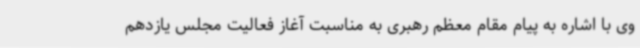
وی با اشاره به پیام مقام معظم رهبری به مناسبت آغاز فعالیت مجلس یازدهم